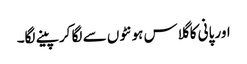
اور پانی کا گلاس ہونٹوں سے لگا کر پینے لگا۔